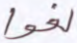
لغوا